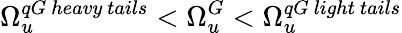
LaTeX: \Omega_{u}^{qG\ heavy\ tails}<\Omega_{u}^{G}<\Omega_{u}^{qG\ light\ tails}